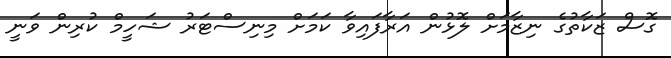
ގޮސް ޒަކާތުގެ ނިޒާމަށް ލޮޅުން އަރާފައިވާ ކަމަށް މިނިސްޓަރު ޝަހީމް ކުރިން ވަނީ